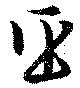
臣